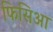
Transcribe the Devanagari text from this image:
फिसिआ